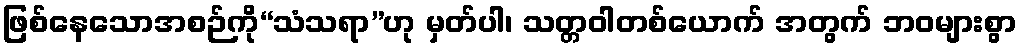
ဖြစ်နေသောအစဉ်ကို“သံသရာ”ဟု မှတ်ပါ၊ သတ္တဝါတစ်ယောက် အတွက် ဘဝများစွာ